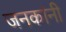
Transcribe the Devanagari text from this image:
जनकांनी